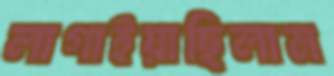
লাগাইয়াছিলাম